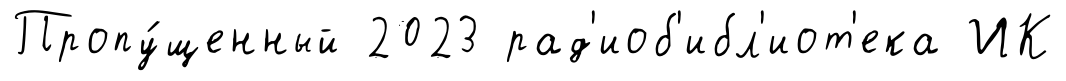
Пропу́щенный 2023 рад'иоб'ибл'иот'ека ИК